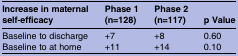
| Increase in maternal self-efficacy | Phase 1 (n=128) | Phase 2 (n=117) | p Value |
 | --- | --- | --- | --- |
 | Baseline to discharge | +7 | +8 | 0.60 |
 | Baseline to at home | +11 | +14 | 0.10 |